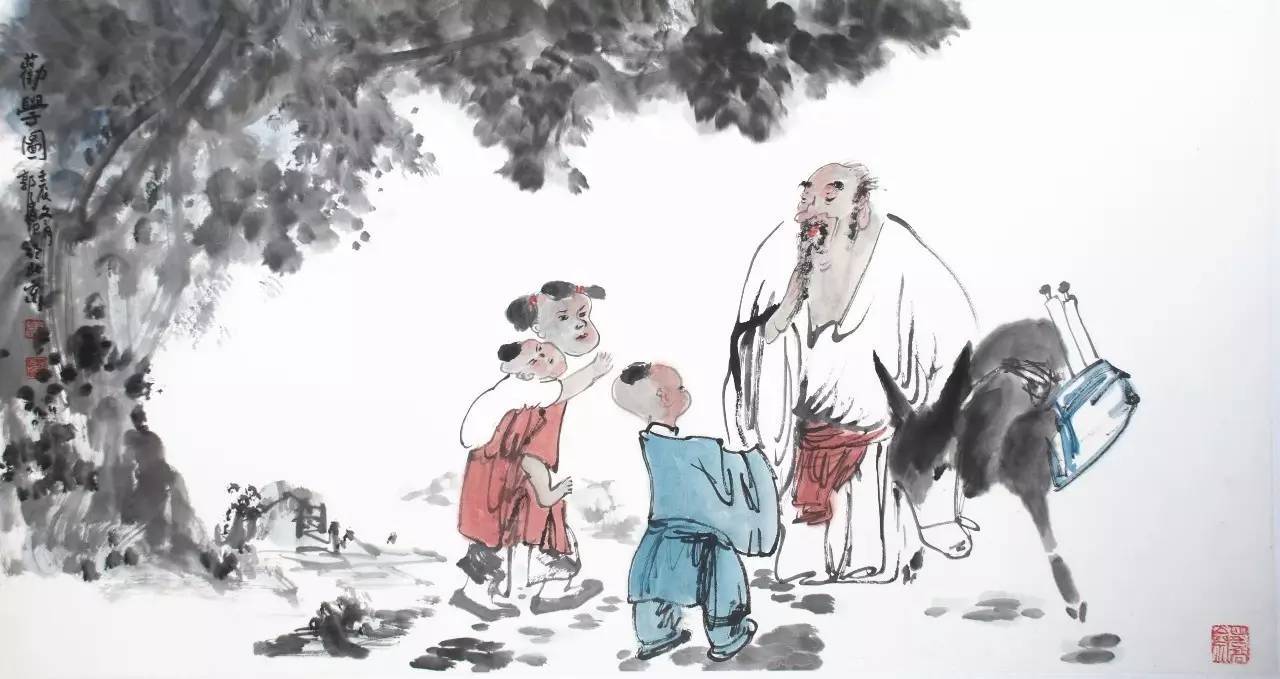
言有招祸也，行有招辱也，君子慎其所立乎。